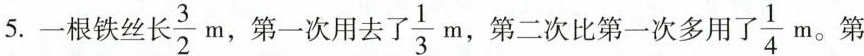
5.一根铁丝长\frac{3}{2}，第一次用去了\frac{1}{3}m，第二次比第一次多用了\frac{1}{4}m。第